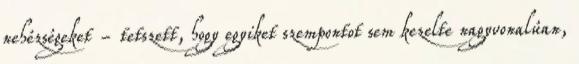
nehézségeket - tetszett, hogy egyiket szempontot sem kezelte nagyvonalúan,